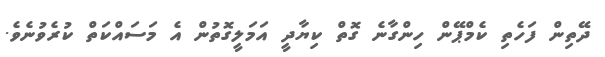
ދޭތިން ފަހެތި ކެމްޕޭން ހިންގާނެ ގޮތް ކިޔާދީ އަމަލީގޮތުން އެ މަސައްކަތް ކުރެވުނެވެ.